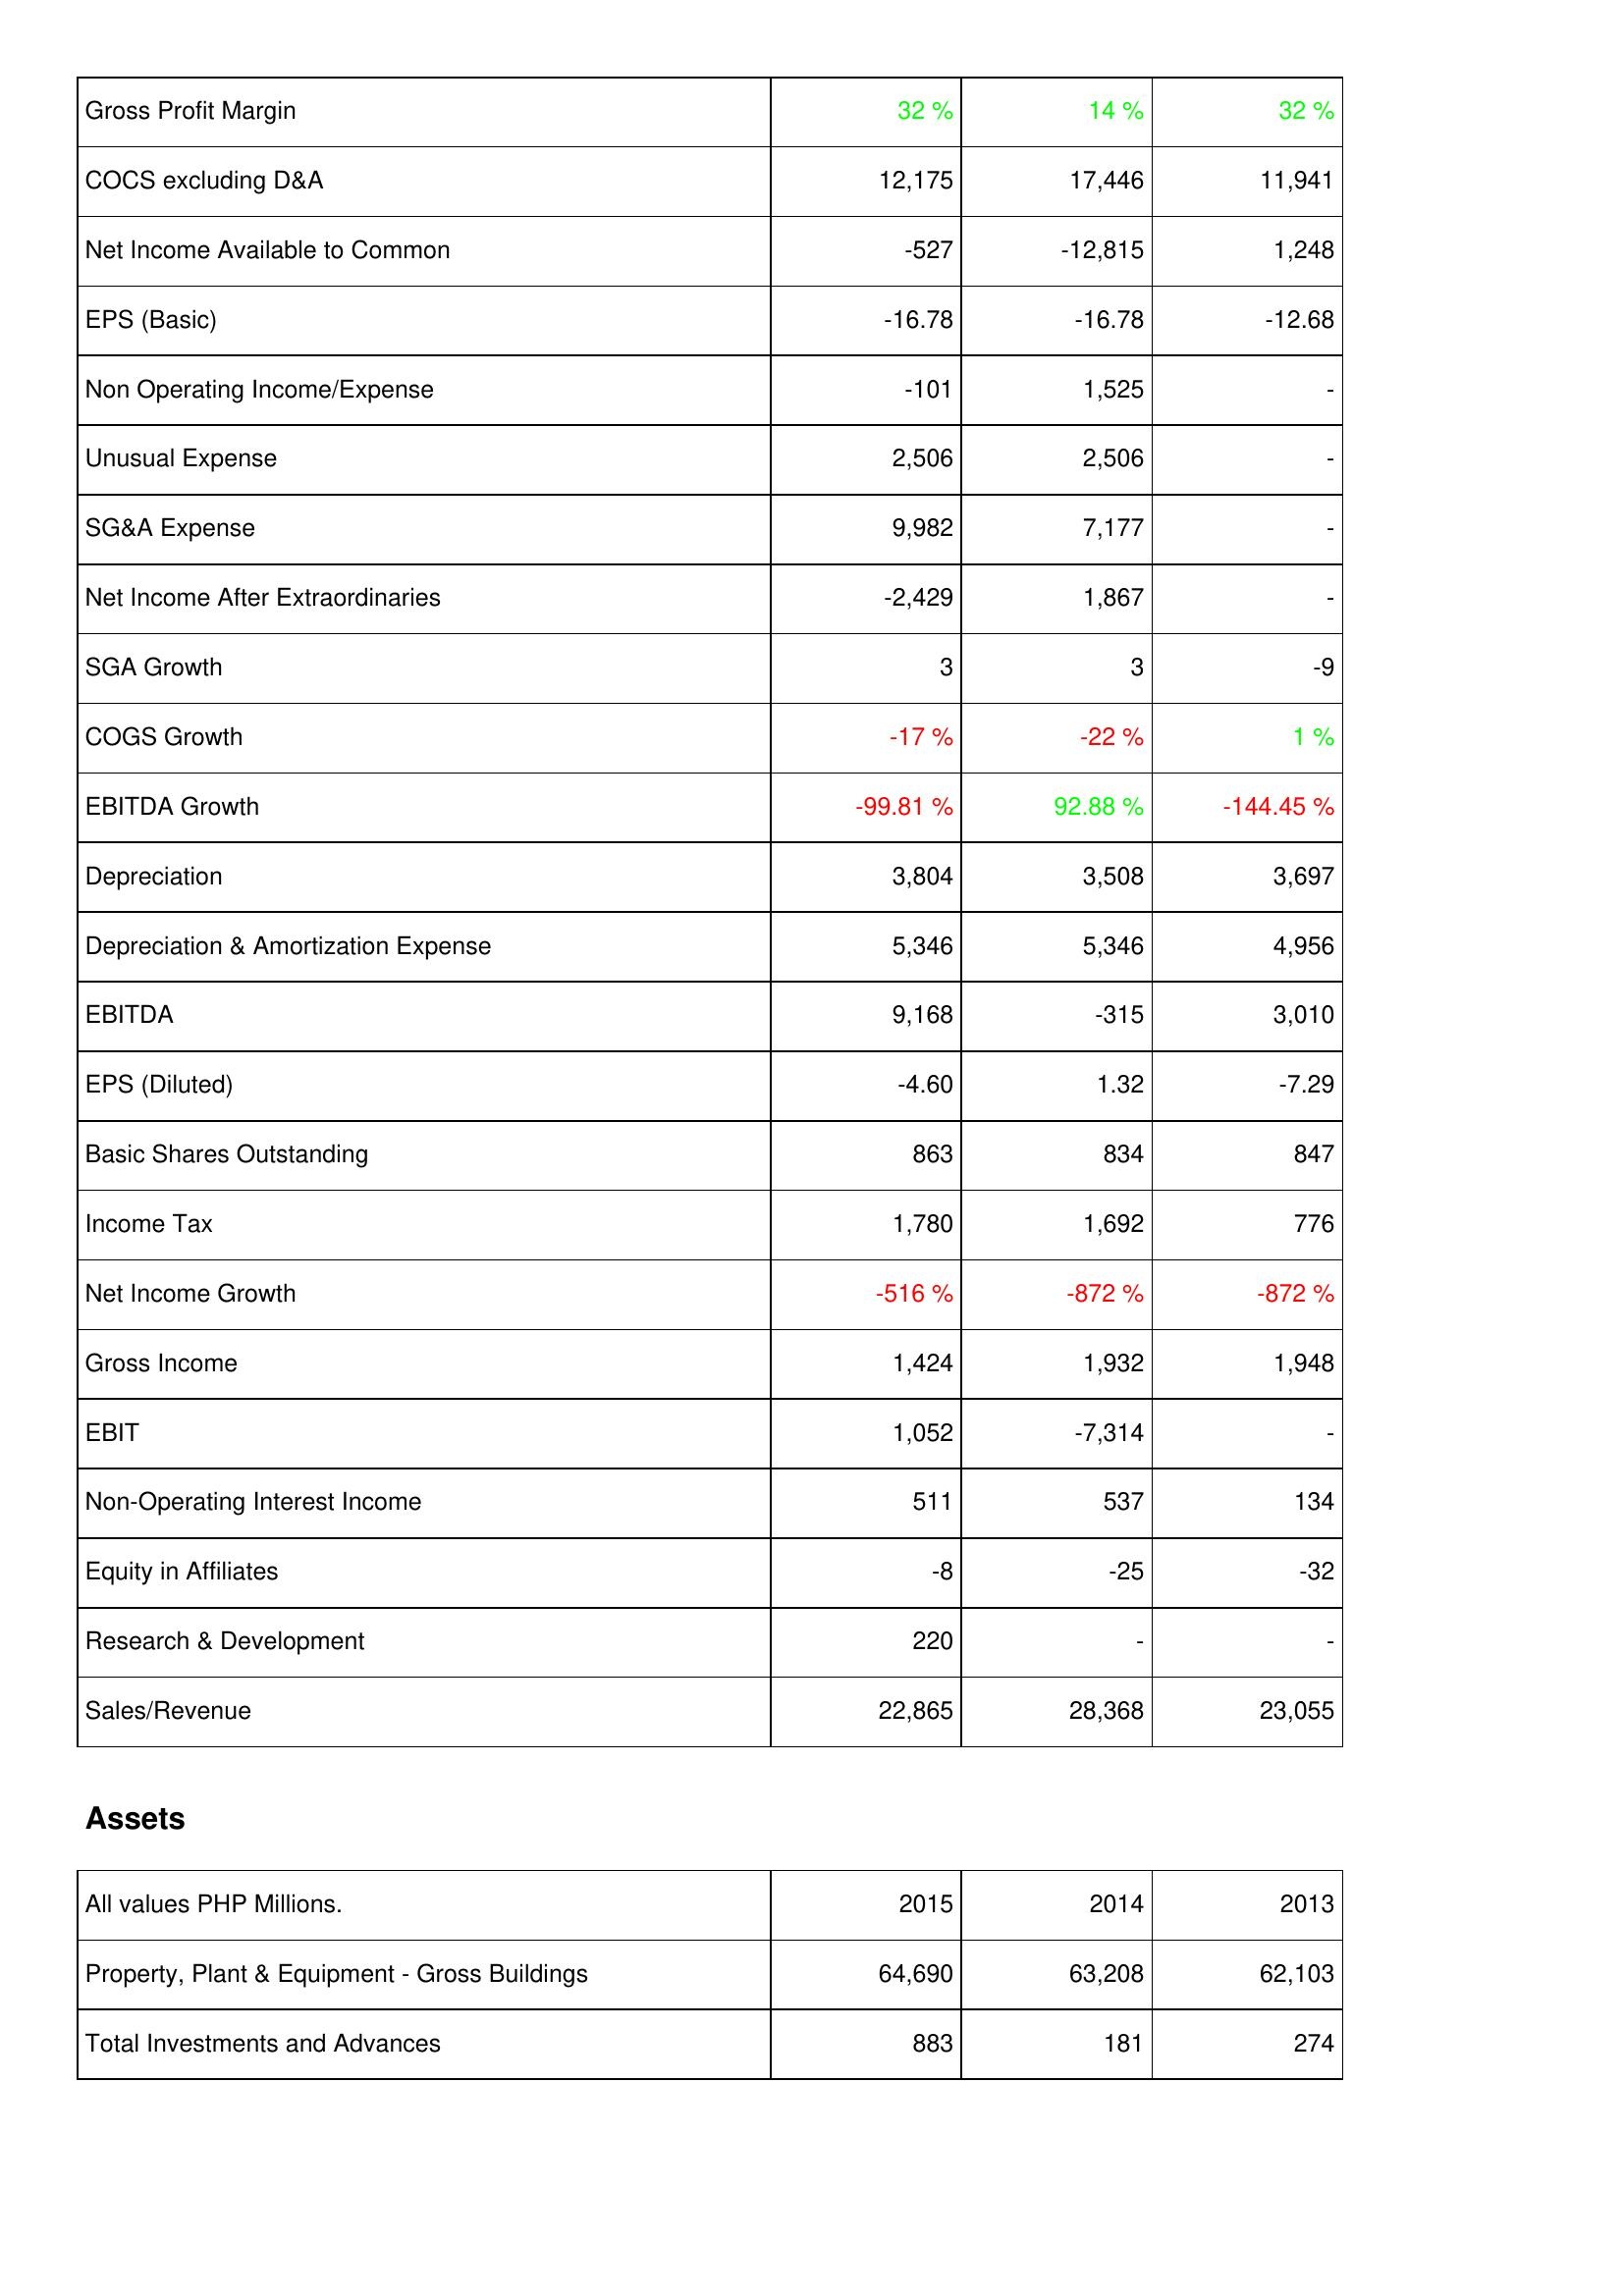
2015: Income Statement: Gross Profit Margin: 32 %
COCS excluding D&A: 12,175
Net Income Available to Common: -527
EPS (Basic): -16.78
Non Operating Income/Expense: -101
Unusual Expense: 2,506
SG&A Expense: 9,982
Net Income After Extraordinaries: -2,429
SGA Growth: 3
COGS Growth: -17 %
EBITDA Growth: -99.81 %
Depreciation: 3,804
Depreciation & Amortization Expense: 5,346
EBITDA: 9,168
EPS (Diluted): -4.60
Basic Shares Outstanding: 863
Income Tax: 1,780
Net Income Growth: -516 %
Gross Income: 1,424
EBIT: 1,052
Non-Operating Interest Income: 511
Equity in Affiliates: -8
Research & Development: 220
Sales/Revenue: 22,865
Assets: Property, Plant & Equipment - Gross Buildings: 64,690
Total Investments and Advances: 883
2014: Income Statement: Gross Profit Margin: 14 %
COCS excluding D&A: 17,446
Net Income Available to Common: -12,815
EPS (Basic): -16.78
Non Operating Income/Expense: 1,525
Unusual Expense: 2,506
SG&A Expense: 7,177
Net Income After Extraordinaries: 1,867
SGA Growth: 3
COGS Growth: -22 %
EBITDA Growth: 92.88 %
Depreciation: 3,508
Depreciation & Amortization Expense: 5,346
EBITDA: -315
EPS (Diluted): 1.32
Basic Shares Outstanding: 834
Income Tax: 1,692
Net Income Growth: -872 %
Gross Income: 1,932
EBIT: -7,314
Non-Operating Interest Income: 537
Equity in Affiliates: -25
Research & Development: -
Sales/Revenue: 28,368
Assets: Property, Plant & Equipment - Gross Buildings: 63,208
Total Investments and Advances: 181
2013: Income Statement: Gross Profit Margin: 32 %
COCS excluding D&A: 11,941
Net Income Available to Common: 1,248
EPS (Basic): -12.68
Non Operating Income/Expense: -
Unusual Expense: -
SG&A Expense: -
Net Income After Extraordinaries: -
SGA Growth: -9
COGS Growth: 1 %
EBITDA Growth: -144.45 %
Depreciation: 3,697
Depreciation & Amortization Expense: 4,956
EBITDA: 3,010
EPS (Diluted): -7.29
Basic Shares Outstanding: 847
Income Tax: 776
Net Income Growth: -872 %
Gross Income: 1,948
EBIT: -
Non-Operating Interest Income: 134
Equity in Affiliates: -32
Research & Development: -
Sales/Revenue: 23,055
Assets: Property, Plant & Equipment - Gross Buildings: 62,103
Total Investments and Advances: 274